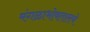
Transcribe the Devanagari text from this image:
मंगळाभोवतालचे